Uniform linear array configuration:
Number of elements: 4
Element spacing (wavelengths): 0.5
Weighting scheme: cosine
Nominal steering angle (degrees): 15
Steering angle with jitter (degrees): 13.764
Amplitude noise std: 0.05
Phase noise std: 0.05

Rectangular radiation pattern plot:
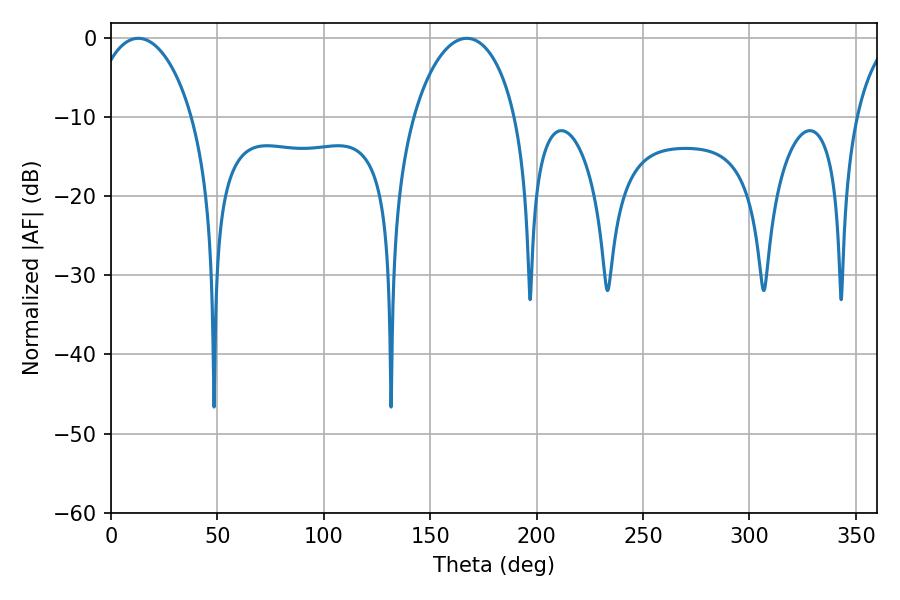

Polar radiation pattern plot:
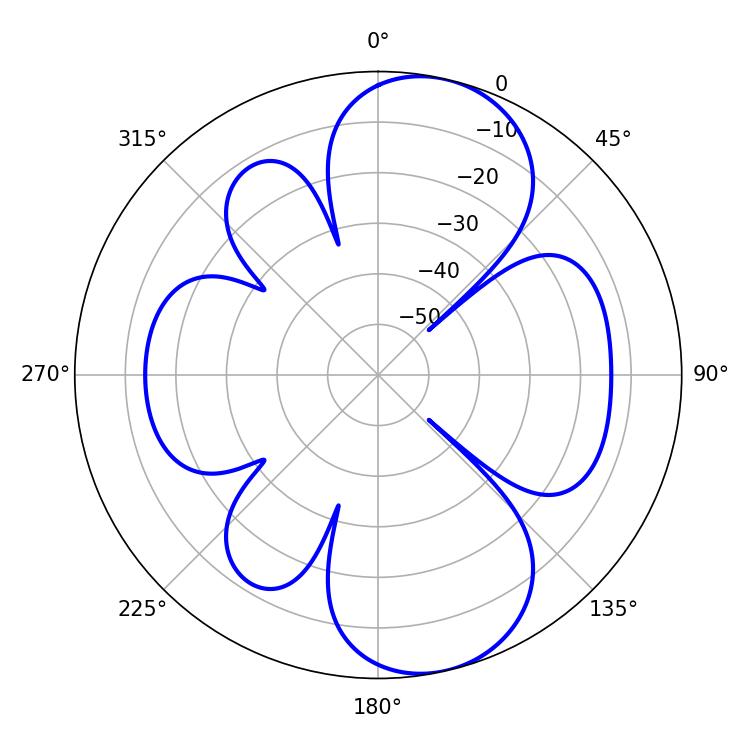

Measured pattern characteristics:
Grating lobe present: FALSE
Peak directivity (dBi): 9.564
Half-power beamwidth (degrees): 27
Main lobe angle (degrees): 12.78